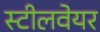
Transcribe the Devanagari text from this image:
स्टीलवेयर